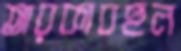
তারকাবহুল